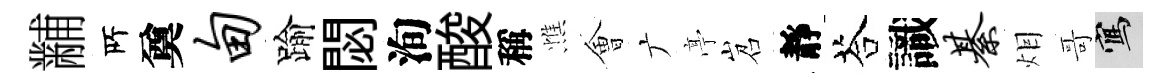
黼𠩄奠甸踰閟洵酸稱憔㑹广𠅘岧靜荅識綦𤇆哥寫